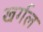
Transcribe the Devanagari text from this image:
खर्गल